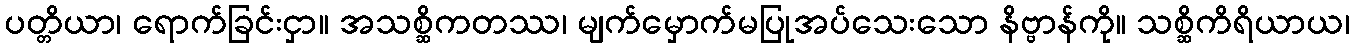
ပတ္တိယာ၊ ရောက်ခြင်းငှာ။ အသစ္ဆိကတဿ၊ မျက်မှောက်မပြုအပ်သေးသော နိဗ္ဗာန်ကို။ သစ္ဆိကိရိယာယ၊